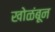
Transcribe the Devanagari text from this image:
खोळंबून